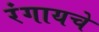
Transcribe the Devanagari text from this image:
रंगायचे